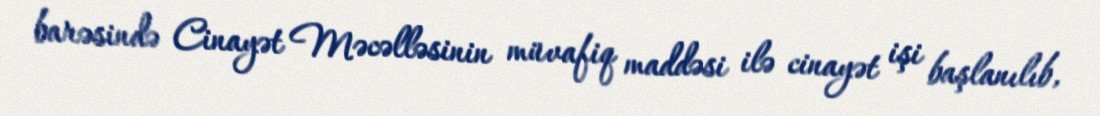
barəsində Cinayət Məcəlləsinin müvafiq maddəsi ilə cinayət işi başlanılıb,